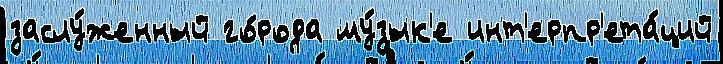
заслу́женный го́рода му́зык'е инт'ерпр'ета́ций